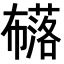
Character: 𭘹